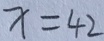
x = 4 2